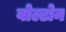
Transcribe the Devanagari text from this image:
वोल्टोन